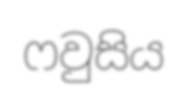
ෆවුසිය